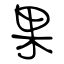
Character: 果